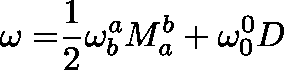
\mathbf { \omega = } \frac { 1 } { 2 } \mathbf { \omega } _ { b } ^ { a } M _ { a } ^ { b } + \mathbf { \omega } _ { 0 } ^ { 0 } D